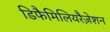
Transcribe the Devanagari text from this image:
डिफैमिलियरैज़ेशन